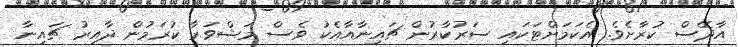
އާދޭސް ކުރާށެވެ. އެކަމަށްޓަކައި ސަރުކާރުން ޗައިނާއާއެކު ވެސް މަޝްވަރާ ކުރަމުން ދާއިރު ޗައިނާ